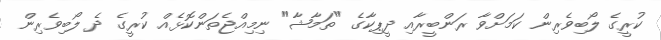
ކުރީގެ ލޯބިވެރިން ކަމަށްވާ ރަންބީރާއި ދީޕިކާގެ "ތަމާޝާ" ނިމިއްޖެތަންކޮޅެއް ކުރީގެ ދެ ލޯބިވެރިން